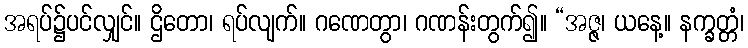
အရပ်၌ပင်လျှင်။ ဌိတော၊ ရပ်လျက်။ ဂဏေတွာ၊ ဂဏန်းတွက်၍။ “အဇ္ဇ၊ ယနေ့။ နက္ခတ္တံ၊